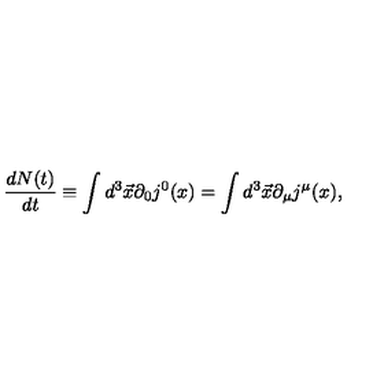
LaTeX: \frac { d N ( t ) } { d t } \equiv \int d ^ { 3 } \vec { x } \partial _ { 0 } j ^ { 0 } ( x ) = \int d ^ { 3 } \vec { x } \partial _ { \mu } j ^ { \mu } ( x ) ,